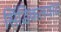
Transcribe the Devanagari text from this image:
सिंडिकलवाद